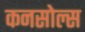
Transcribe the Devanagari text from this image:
कनसोल्स